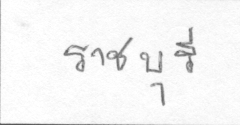
ราชบุรี